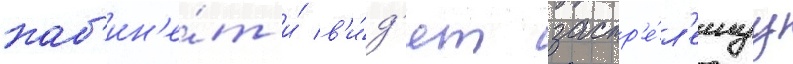
каб'ин'е́т и́ в'и́д'ят застр'е́л'еннуу